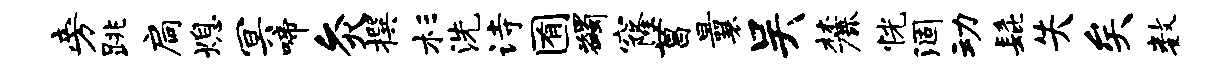
旁跳扃熄冥啼灸撰杉洗诗囿蠲窿菖曩吴麓恍涸动髭失矣数